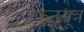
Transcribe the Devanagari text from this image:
फिट्सूत्र